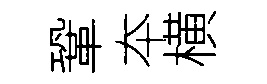
鞏夲横